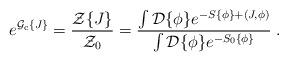
LaTeX: \begin{align*}e^{{\cal{G}}_{\rm c} \{J \}} = \frac{ {\cal{Z}} \{ J \}}{ {\cal{Z}}_0} = \frac{\int {\cal{D}} \{\phi \} e^{ - S \{\phi\} + (J, \phi )}}{ \int {\cal{D}} \{\phi \} e^{ - S_0 \{\phi\} }} \; .\end{align*}